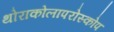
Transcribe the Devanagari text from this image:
थोराकोलापरोस्कोप